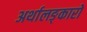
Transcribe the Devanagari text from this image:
अर्थालङ्कारो